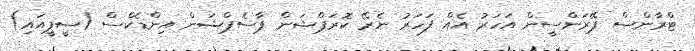
ޓްރާންސް ޕޭރަންސީން އަހަރު އެއް ފަހަރު ނެރޭ ކޮރަޕްޝަން ޕާސެޕްޝަން އިންޑެކްސް (ސީޕީއައި)